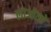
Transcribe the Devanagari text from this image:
लाओत्से